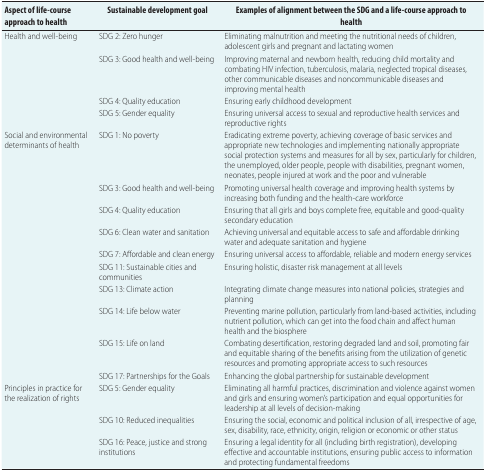
| Aspect of life-course approach to health | Sustainable development goal | Examples of alignment between the SDG and a life-course approach to health |
 | --- | --- | --- |
 | <ROWSPAN=4> Health and well-being | SDG 2: Zero hunger | Eliminating malnutrition and meeting the nutritional needs of children, adolescent girls and pregnant and lactating women |
 | SDG 3: Good health and well-being | Improving maternal and newborn health, reducing child mortality and combating HIV infection, tuberculosis, malaria, neglected tropical diseases, other communicable diseases and noncommunicable diseases and improving mental health |
 | SDG 4: Quality education | Ensuring early childhood development |
 | SDG 5: Gender equality | Ensuring universal access to sexual and reproductive health services and reproductive rights |
 | <ROWSPAN=10> Social and environmental determinants of health | SDG 1: No poverty | Eradicating extreme poverty, achieving coverage of basic services and appropriate new technologies and implementing nationally appropriate social protection systems and measures for all by sex, particularly for children, the unemployed, older people, people with disabilities, pregnant women, neonates, people injured at work and the poor and vulnerable |
 | SDG 3: Good health and well-being | Promoting universal health coverage and improving health systems by increasing both funding and the health-care workforce |
 | SDG 4: Quality education | Ensuring that all girls and boys complete free, equitable and good-quality secondary education |
 | SDG 6: Clean water and sanitation | Achieving universal and equitable access to safe and affordable drinking water and adequate sanitation and hygiene |
 | SDG 7: Affordable and clean energy | Ensuring universal access to affordable, reliable and modern energy services |
 | SDG 11: Sustainable cities and communities | Ensuring holistic, disaster risk management at all levels |
 | SDG 13: Climate action | Integrating climate change measures into national policies, strategies and planning |
 | SDG 14: Life below water | Preventing marine pollution, particularly from land-based activities, including nutrient pollution, which can get into the food chain and affect human health and the biosphere |
 | SDG 15: Life on land | Combating desertification, restoring degraded land and soil, promoting fair and equitable sharing of the benefits arising from the utilization of genetic resources and promoting appropriate access to such resources |
 | SDG 17: Partnerships for the Goals | Enhancing the global partnership for sustainable development |
 | <ROWSPAN=3> Principles in practice for the realization of rights | SDG 5: Gender equality | Eliminating all harmful practices, discrimination and violence against women and girls and ensuring women’s participation and equal opportunities for leadership at all levels of decision-making |
 | SDG 10: Reduced inequalities | Ensuring the social, economic and political inclusion of all, irrespective of age, sex, disability, race, ethnicity, origin, religion or economic or other status |
 | SDG 16: Peace, justice and strong institutions | Ensuring a legal identity for all (including birth registration), developing effective and accountable institutions, ensuring public access to information and protecting fundamental freedoms |